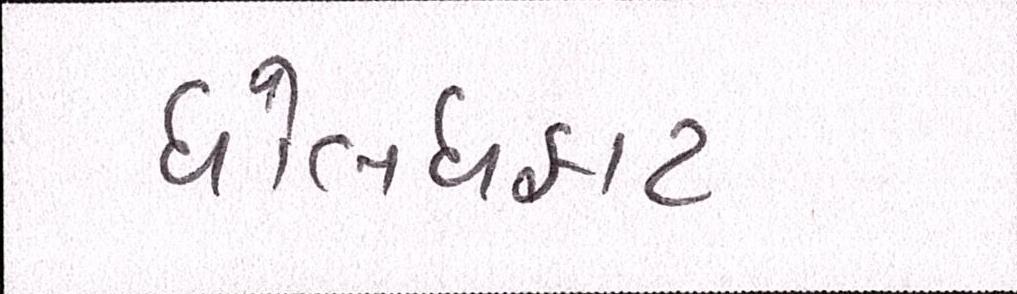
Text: ધોલધફાટ